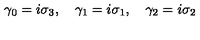
\gamma _ { 0 } = i \sigma _ { 3 } , \quad \gamma _ { 1 } = i \sigma _ { 1 } , \quad \gamma _ { 2 } = i \sigma _ { 2 }